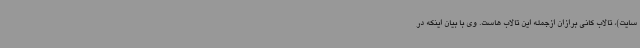
سایت)، تالاب کانی برازان ازجمله این تالاب هاست. وی با بیان اینکه در